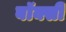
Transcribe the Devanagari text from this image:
बॉक्सी